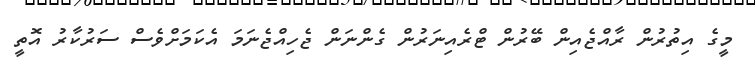
މީގެ އިތުރުން ރާއްޖެއިން ބޭރުން ޓްރެއިނަރުން ގެންނަން ޖެހިއްޖެނަމަ އެކަމަށްވެސް ސަރުކާރު އޮތީ